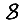
Digit: 8